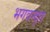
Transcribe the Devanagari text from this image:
भगवन्द्त